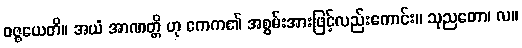
ဝဇ္ဇယေတိ။ အယံ အာဏတ္တိ ဟု ဧကက၏ အစွမ်းအားဖြင့်လည်းကောင်း။ သုညတော၊ လ။